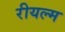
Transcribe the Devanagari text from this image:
रीयल्म